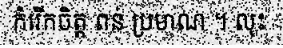
កំរើកចិត្ត ពន់ ប្រមាណ ។ លុះ